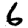
Digit: 6